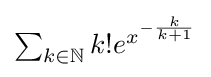
{\textstyle \sum _{k\in \mathbb {N} }k!e^{x^{-{\frac {k}{k+1}}}}}